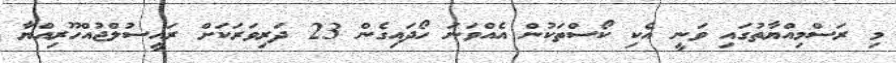
މި ރަސްމިއްޔާތުގައި ވަނީ އެކި ކޯސްތަކުން އެއްވަނަ ހޯދައިގެން 23 ދަރިވަރަކަށް ރައީސުލްޖުއްހޫރިއްޔާ